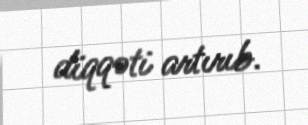
diqqəti artırıb.